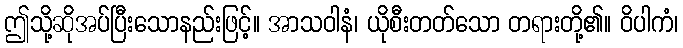
ဤသို့ဆိုအပ်ပြီးသောနည်းဖြင့်။ အာသဝါနံ၊ ယိုစီးတတ်သော တရားတို့၏။ ဝိပါကံ၊